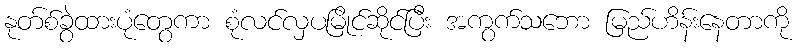
နုတ်စ်ခွဲထားပုံတွေကာ စုံလင်လှပမြိုင်ဆိုင်ပြီး အကွက်သဘော မြည်ဟိန်းနေတာကို